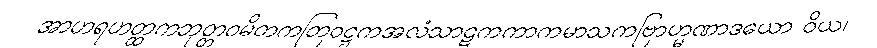
အာဟရဟတ္ထကဘုတ္တဝမိတကတြဝဋ္ဋကအလံသာဋကကာကမာသကဗြာဟ္မဏာဒယော ဝိယ၊